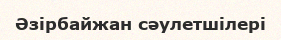
Әзірбайжан сәулетшілері